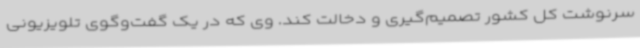
سرنوشت کل کشور تصمیم‌گیری و دخالت کند. وی که در یک گفت‌وگوی تلویزیونی